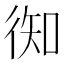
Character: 𢔊